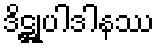
ဒိဋ္ဌုပါဒါနဿ